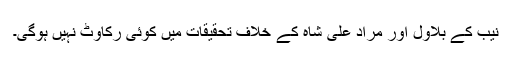
نیب کے بلاول اور مراد علی شاہ کے خلاف تحقیقات میں کوئی رکاوٹ نہیں ہوگی۔